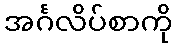
အင်္ဂလိပ်စာကို